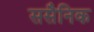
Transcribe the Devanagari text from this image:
ससैनिक